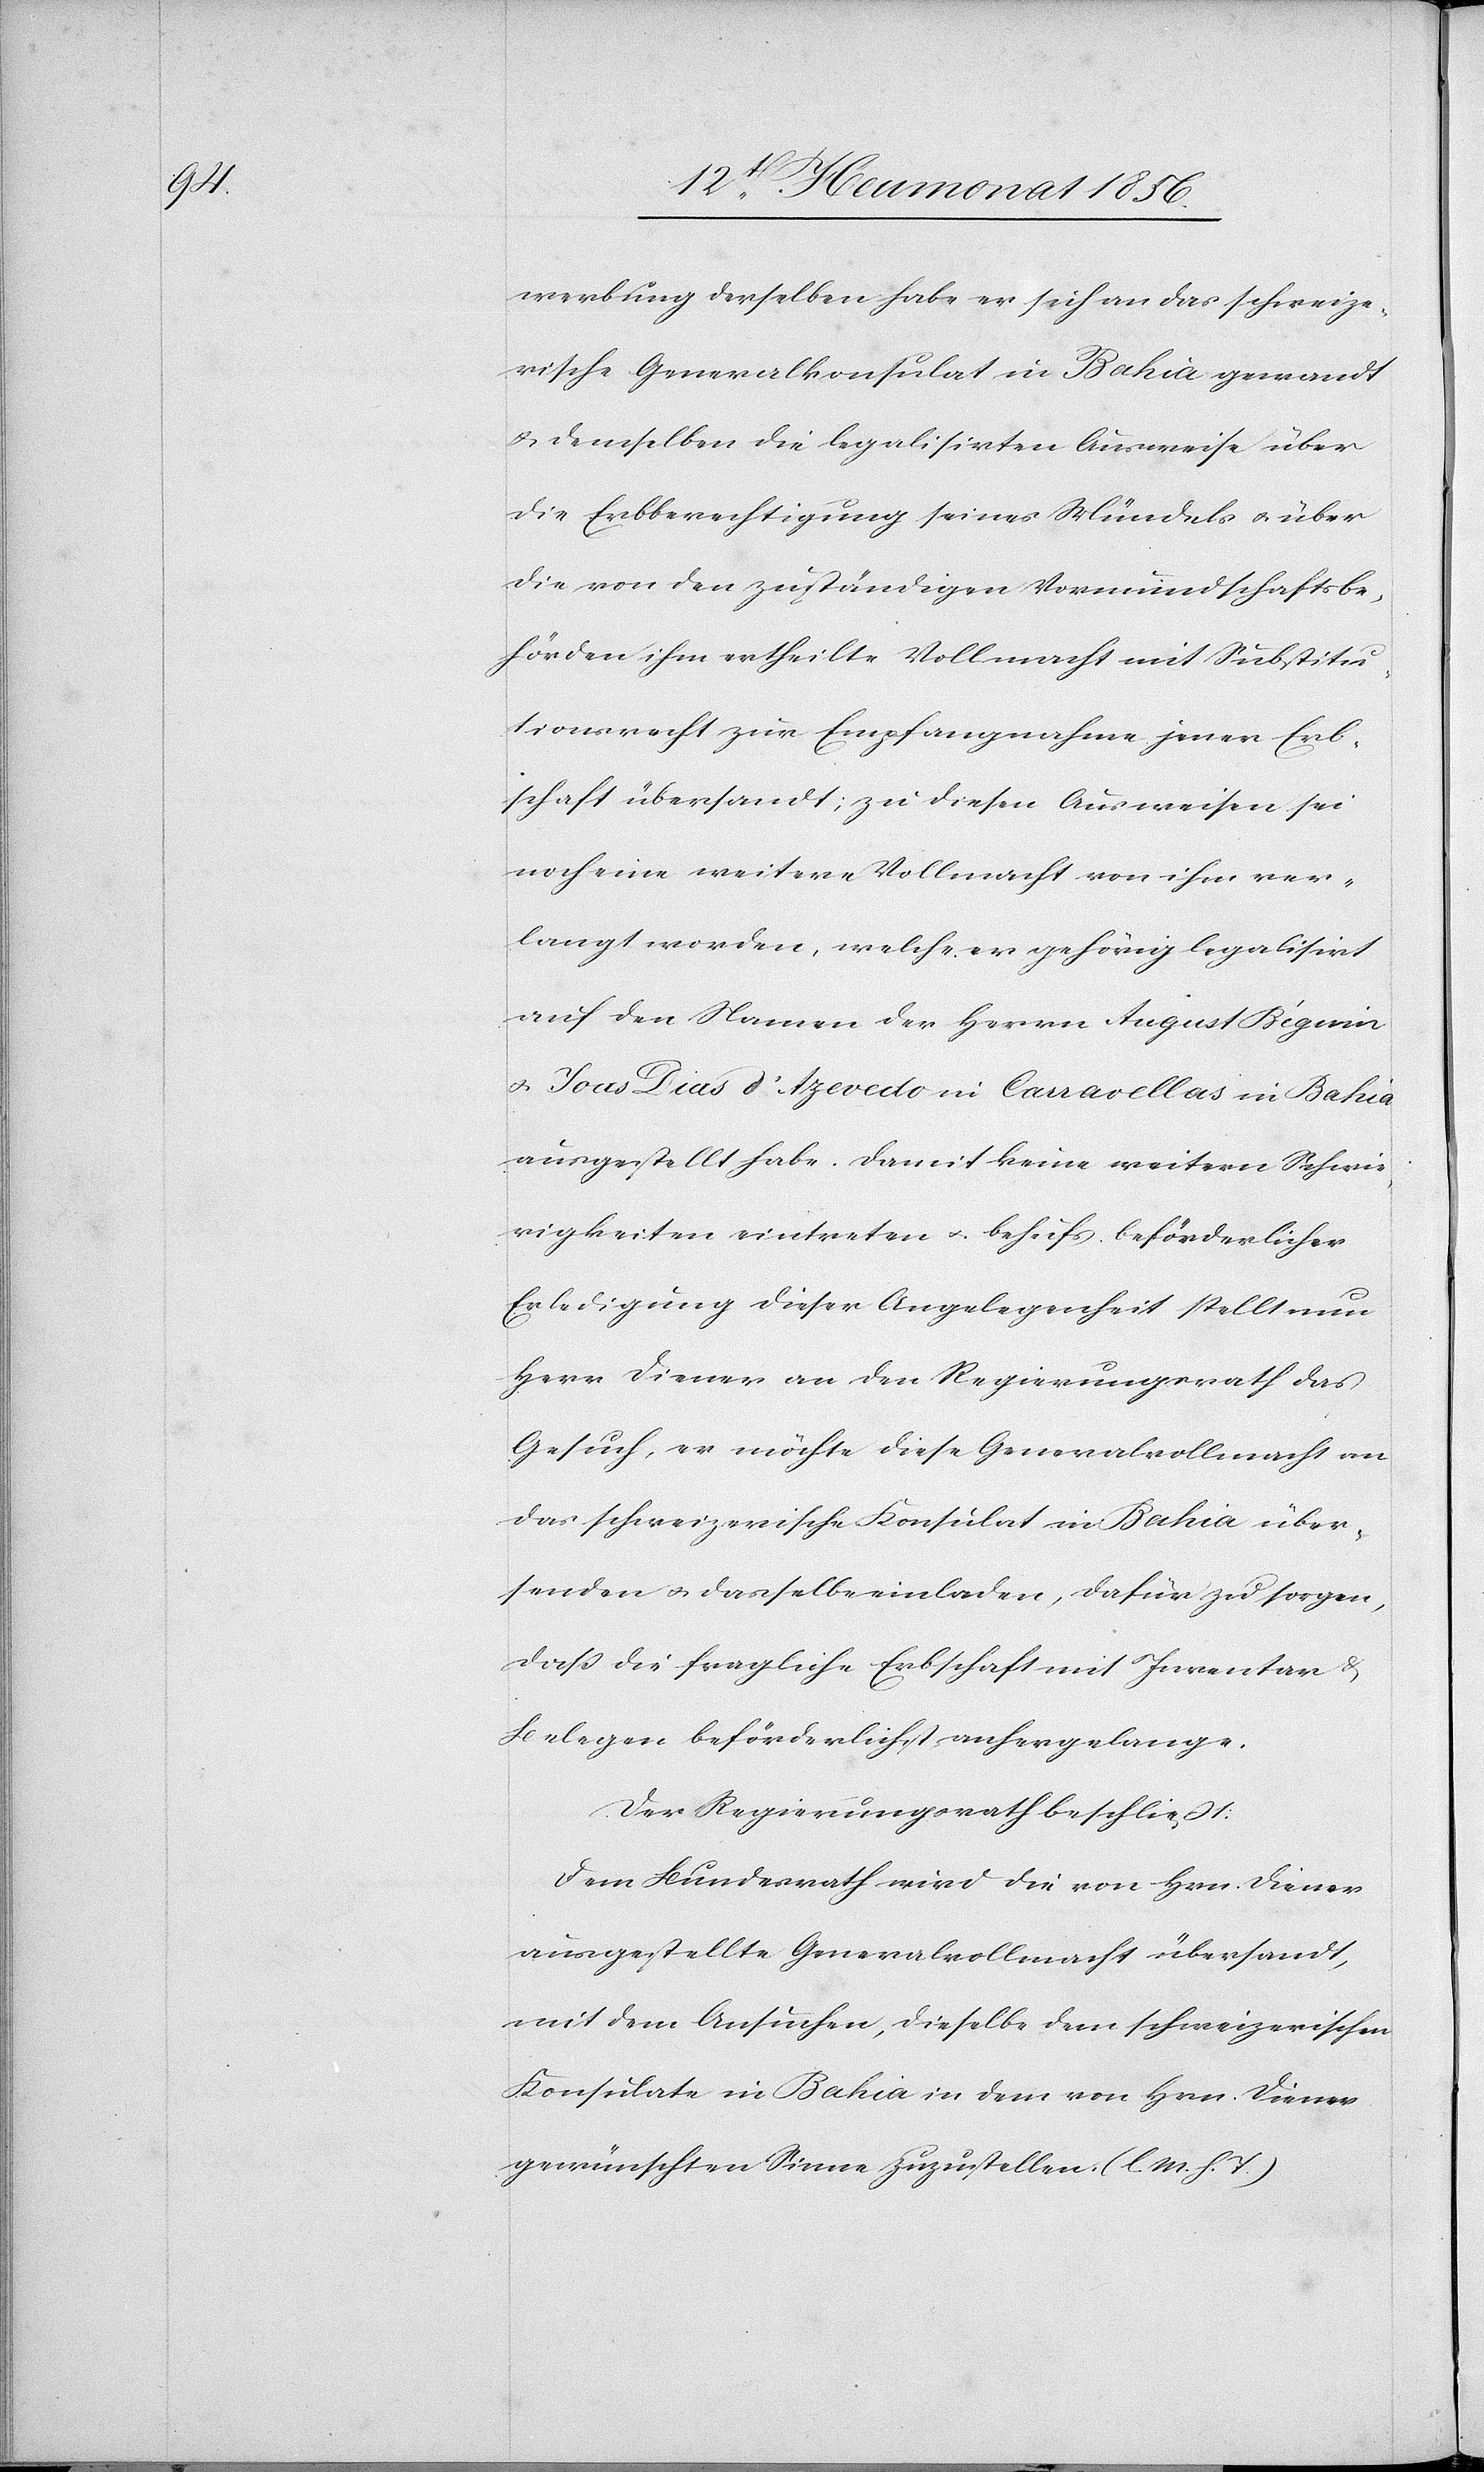
werbung derselben habe er sich an das schweize¬
rische Generalkonsulat in Bahia gewandt
& demselben die legalisirten Ausweise über
die Erbberechtigung seines Mündels u. über
die von den zuständigen Vormundschaftsbe¬
hörden ihm ertheilte Vollmacht mit Substitu¬
tionsrecht zur Empfangnahme jener Erb¬
schaft übersandt; zu diesen Ausweisen sei
noch eine weitere Vollmacht von ihm ver¬
langt worden, welche er gehörig legalisirt
auf den Namen der Herrn August Bégnin
u. Joas Dias d'Azevedo in Carravellas in Bahia
ausgestellt habe. Damit keine weitern Schwie¬
rigkeiten eintreten u. behufs beförderlicher
Erledigung dieser Angelegenheit stellt nun
Herr Diener an den Regierungsrath das
Gesuch, er möchte diese Generalvollmacht an
das schweizerische Konsulat in Bahia über¬
senden u. dasselbe einladen, dafür zu sorgen,
dass die fragliche Erbschaft mit Inventar &
Belegen beförderlichst anhergelange.
Der Regierungsrath beschließt:
Dem Bundesrath wird die von Hrn. Diener
ausgestellte Generalvollmacht übersandt,
mit dem Ansuchen, dieselbe dem schweizerischen
Konsulate in Bahia in dem von Hrn. Diener
gewünschten Sinne zuzustellen. (l. M. h. T.)